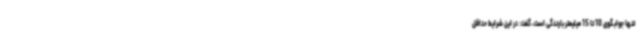
تنها جوابگوی 10 تا 15 میلیمتر بارندگی است، گفت: در این شرایط حداقل